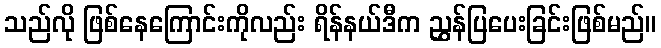
သည်လို ဖြစ်နေကြောင်းကိုလည်း ရိန်နယ်ဒီက ညွှန်ပြပေးခြင်းဖြစ်မည်။